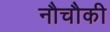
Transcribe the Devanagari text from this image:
नौचौकी